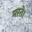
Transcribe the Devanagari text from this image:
मरते।